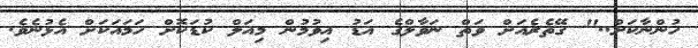
ހުންނާކަށް.." ގޭތެރެއަށް ވަތް ނަވާލްގެ އަޑު އިވުމުން މިއަލް ކުޑަކޮށް ހަމައަކަށް އެޅުނެވެ.